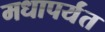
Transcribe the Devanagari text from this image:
मधापर्यंत